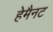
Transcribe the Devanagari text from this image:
हेमैनट